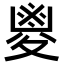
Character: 𡕰